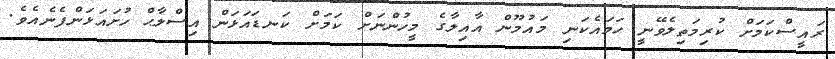
ރައީސްކަމަށް ކުރިމަތިލެވޭނީ ހަމައެކަނި މައުމޫން އާއިލާގެ މީހުންނަށް ކަމަށް ކަނޑައަޅަން އިސްލާޙް ހުށައަޅަންފެނެއެވެ.